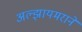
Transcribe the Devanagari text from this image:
अल्झायमराने